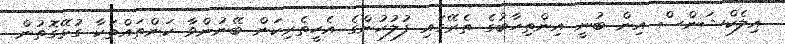
އިލެކްޝަންސް އިން ބުނީ އިންތިހާބުގެ ތެރޭގައި ފުލުހުންގެ އެހީތެރިކަން ބޭނުންވާ ކަންތައްތަކާ ގުޅޭގޮތުން